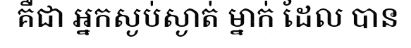
គឺជា អ្នកស្ងប់ស្ងាត់ ម្នាក់ ដែល បាន